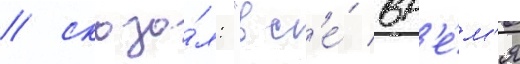
/ сказа́л: "вс'е́ вр'е́м'я